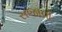
સજાવો